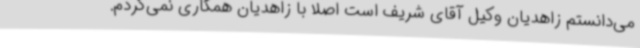
می‌دانستم زاهدیان وکیل آقای شریف است اصلا با زاهدیان همکاری نمی‌کردم.